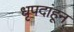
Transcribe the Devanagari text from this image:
धृपदांहून